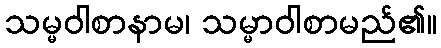
သမ္မဝါစာနာမ၊ သမ္မာဝါစာမည်၏။